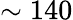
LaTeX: \sim 140